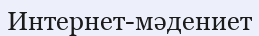
Интернет-мәдениет